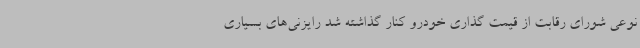
نوعی شورای رقابت از قیمت گذاری خودرو کنار گذاشته شد رایزنی‌های بسیاری